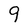
Character: 9